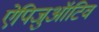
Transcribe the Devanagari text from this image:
ऐपिजुऑटिव